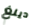
دينغ